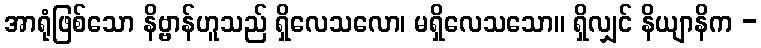
အာရုံဖြစ်သော နိဗ္ဗာန်ဟူသည် ရှိလေသလော၊ မရှိလေသသော။ ရှိလျှင် နိယျာနိက -